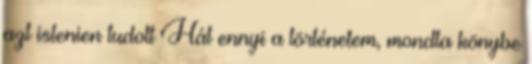
azt istenien tudott Hát ennyi a történetem, mondta könybe